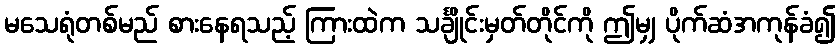
မသေရုံတစ်မည် စားနေရသည့် ကြားထဲက သင်္ချိုင်းမှတ်တိုင်ကို ဤမျှ ပိုက်ဆံအကုန်ခံ၍